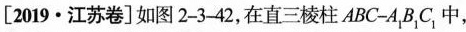
[2019 · 江苏卷]如图2-3-42，在直三棱柱ABC-A_{ 1}B_{1}C_{1 }中，